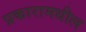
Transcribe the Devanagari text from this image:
प्रकारामधील